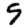
Digit: 9